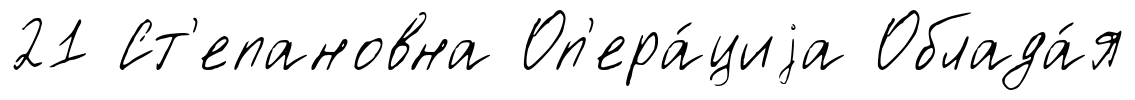
21 Ст'епановна Оп'ера́циjа Облада́я